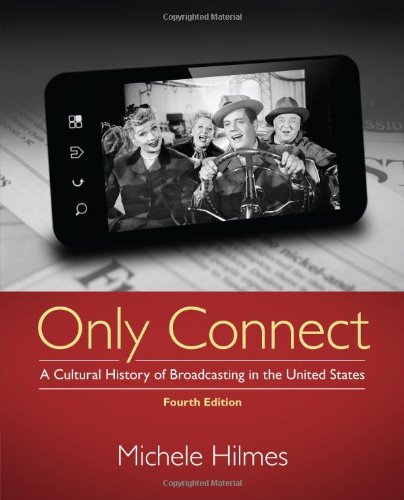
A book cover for Only Connect: A Cultural History of Broadcasting in the United States; Michele Hilmes; Humor & Entertainment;